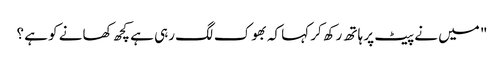
" میں نے پیٹ پر ہاتھ رکھ کر کہا کہ بھوک لگ رہی ہے کچھ کھانے کو ہے ؟